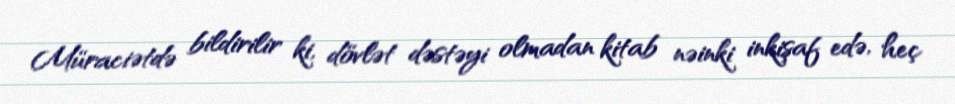
Müraciətdə bildirilir ki, dövlət dəstəyi olmadan kitab nəinki inkişaf edə, heç